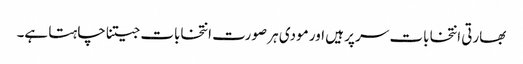
بھارتی انتخابات سر پر ہیں اور مودی ہر صورت انتخابات جیتنا چاہتا ہے۔